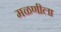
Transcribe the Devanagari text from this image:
मळणीला